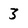
Character: 3